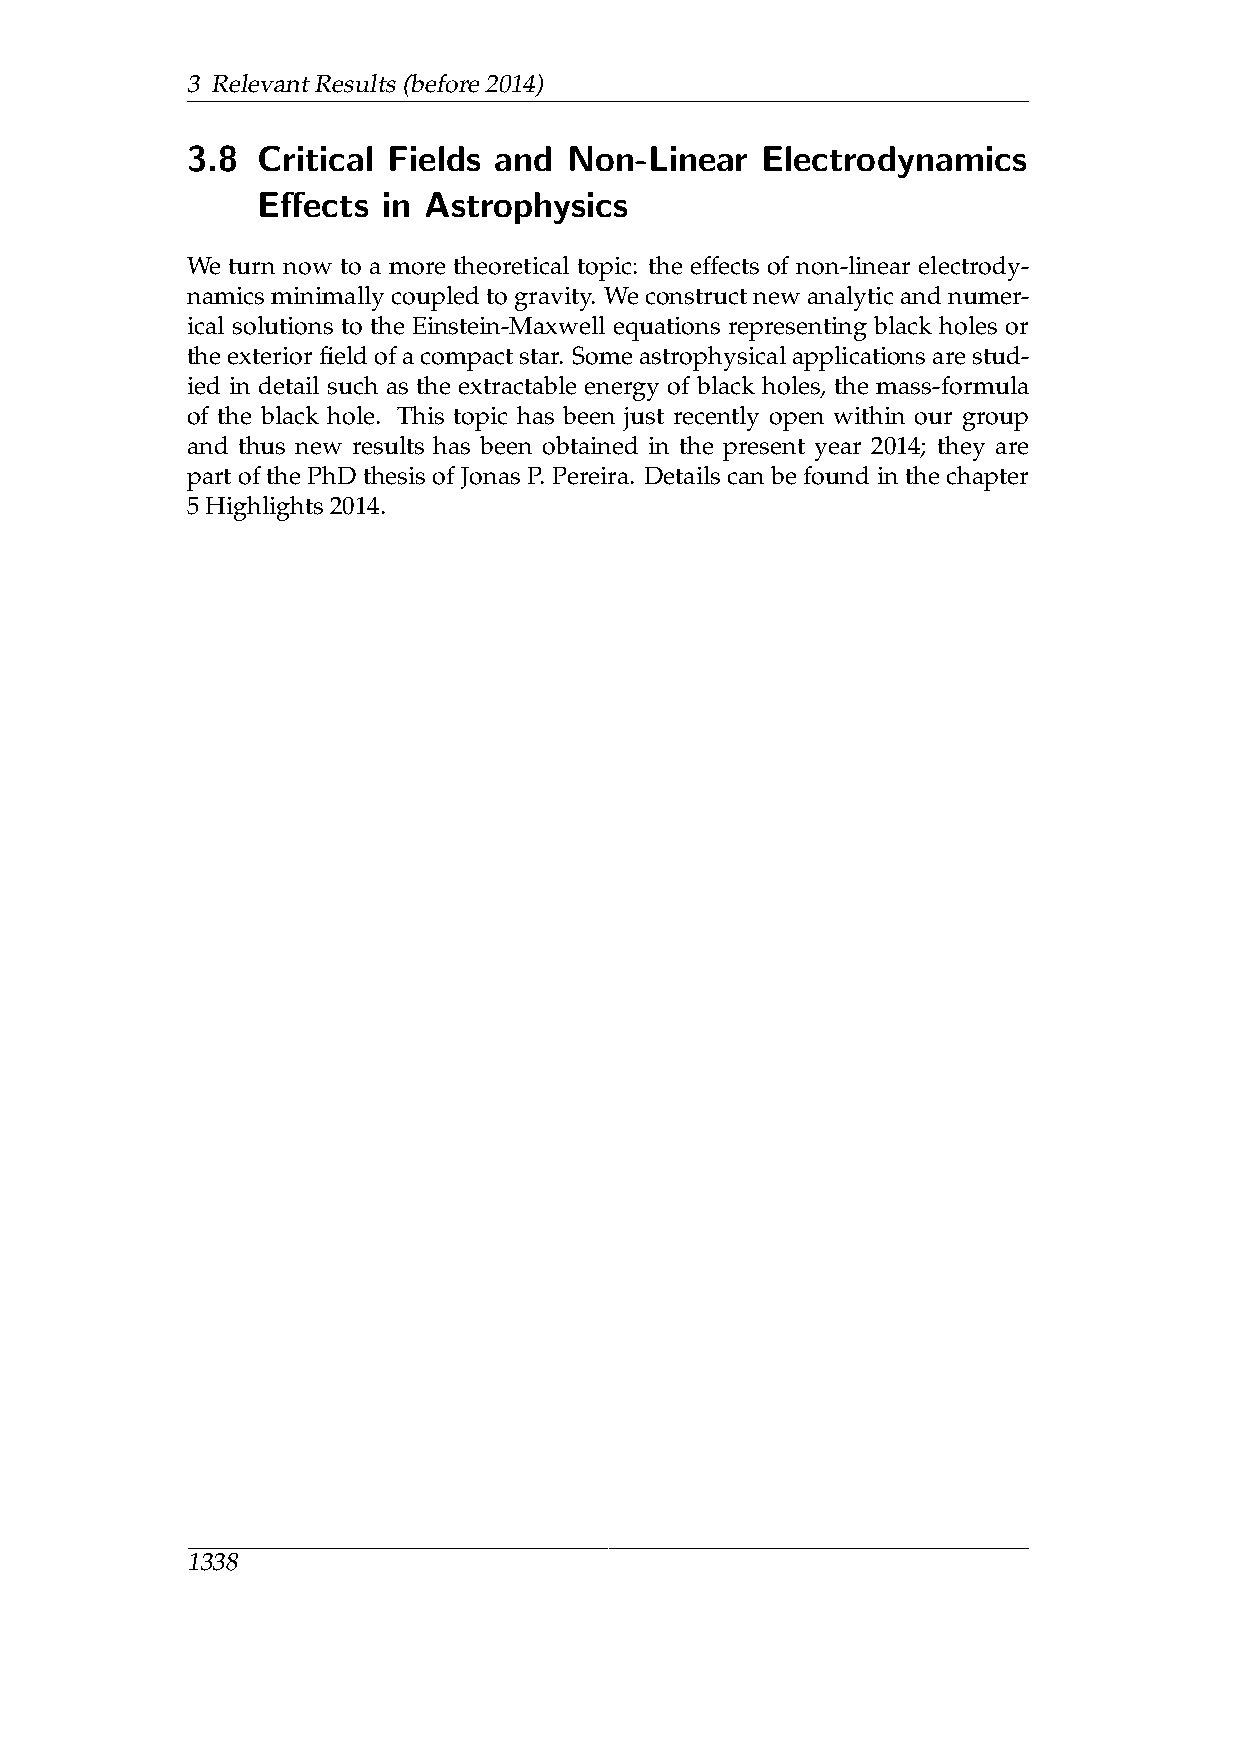
3 RelevantResults(before2014)
 3.8  Critical Fields and  Non-Linear  Electrodynamics
 Effects in Astrophysics
 We turn now to a more theoretical topic: the effects of non-linear electrody-
 namicsminimallycoupledtogravity. Weconstructnewanalyticandnumer-
 ical solutions to the Einstein-Maxwell equations representing black holes or
 theexteriorfieldofacompactstar. Someastrophysicalapplicationsarestud-
 ied in detail such as the extractable energy of black holes, the mass-formula
 of the black hole. This topic has been just recently open within our group
 and thus new results has been obtained in the present year 2014; they are
 part of the PhD thesis of Jonas P. Pereira. Details can be found in the chapter
 5Highlights2014.
 1338